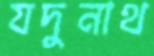
যদুনাথ